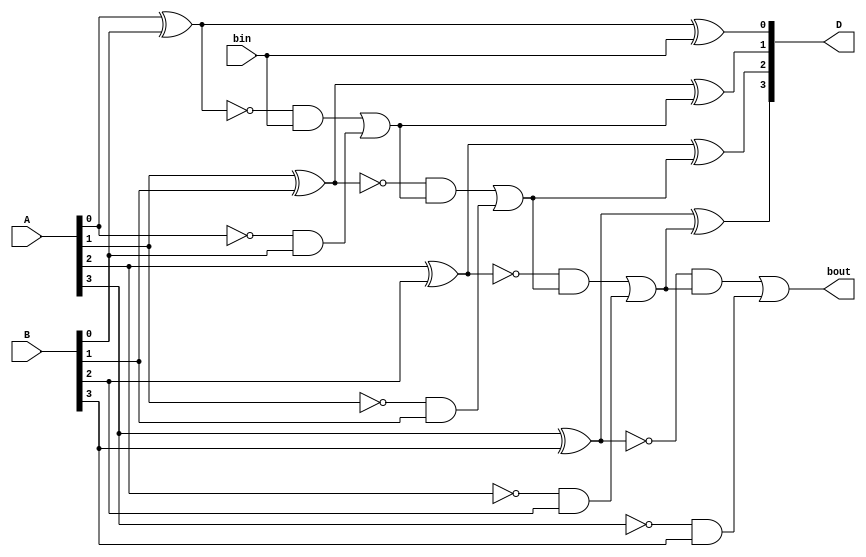
module Lab2_4_bit_BLS_dataflow(input [3:0] A,B, input bin, output [3:0] D, output bout);
    assign D[0] = (A[0])^(B[0])^(bin),
           D[1] = (A[1])^(B[1])^((~(A[0]^B[0])&bin)|((~A[0])&B[0])),
           D[2] = (A[2])^(B[2])^(((~(A[1]^B[1])&((~(A[0]^B[0])&bin)|((~A[0])&B[0])))|((~A[1])&B[1]))),
           D[3] = (A[3])^(B[3])^(((~(A[2]^B[2])&(((~(A[1]^B[1])&((~(A[0]^B[0])&bin)|((~A[0])&B[0])))|((~A[1])&B[1]))))|((~A[2])&B[2]))),

           bout = ((~(A[3]^B[3])&(((~(A[2]^B[2])&(((~(A[1]^B[1])&((~(A[0]^B[0])&bin)|((~A[0])&B[0])))|((~A[1])&B[1]))))|((~A[2])&B[2]))))|((~A[3])&B[3]));

endmodule

        //    b0 = bin
        //    b1 = ((~(A[0]^B[0])&bin)|((~A[0])&B[0]))
        //    b2 = (((~(A[1]^B[1])&((~(A[0]^B[0])&bin)|((~A[0])&B[0])))|((~A[1])&B[1])))
        //    b3 = (((~(A[2]^B[2])&(((~(A[1]^B[1])&((~(A[0]^B[0])&bin)|((~A[0])&B[0])))|((~A[1])&B[1]))))|((~A[2])&B[2])))